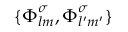
\{ \boldsymbol { \Phi } _ { l m } ^ { \sigma } , \boldsymbol { \Phi } _ { l ^ { \prime } m ^ { \prime } } ^ { \sigma } \}